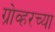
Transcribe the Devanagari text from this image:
ग्रोव्हरच्या